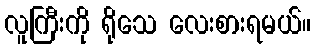
လူကြီးကို ရိုသေ လေးစားရမယ်။